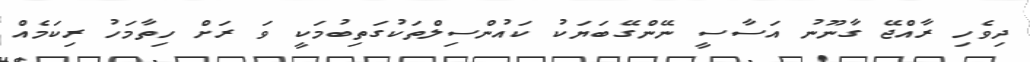
ދިވެހި ރާއްޖޭ ގާނޫނު އަސާސީ ނޭންގޭބަޔަކު ކައުންސިލްތަކުގަތިބުމަކީ ވަ ރަށް ހިތާމަހު ރިކަމެއް